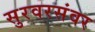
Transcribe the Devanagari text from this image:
सुरवरसंवर